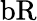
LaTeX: \mathrm{bR}